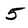
Character: 5